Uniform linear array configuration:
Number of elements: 16
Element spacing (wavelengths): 0.5
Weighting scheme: blackman
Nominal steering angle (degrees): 0
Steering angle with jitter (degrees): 1.767
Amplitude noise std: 0.05
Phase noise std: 0.05

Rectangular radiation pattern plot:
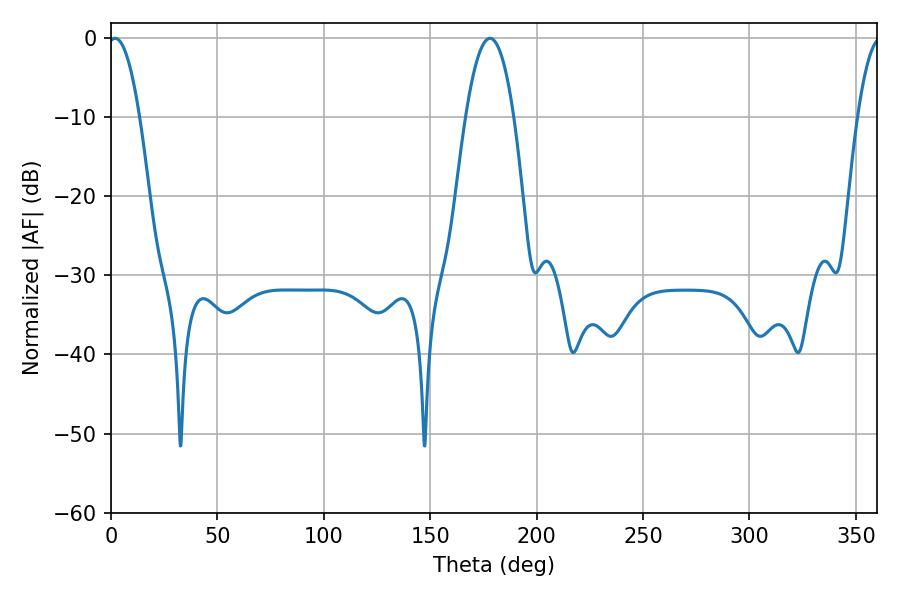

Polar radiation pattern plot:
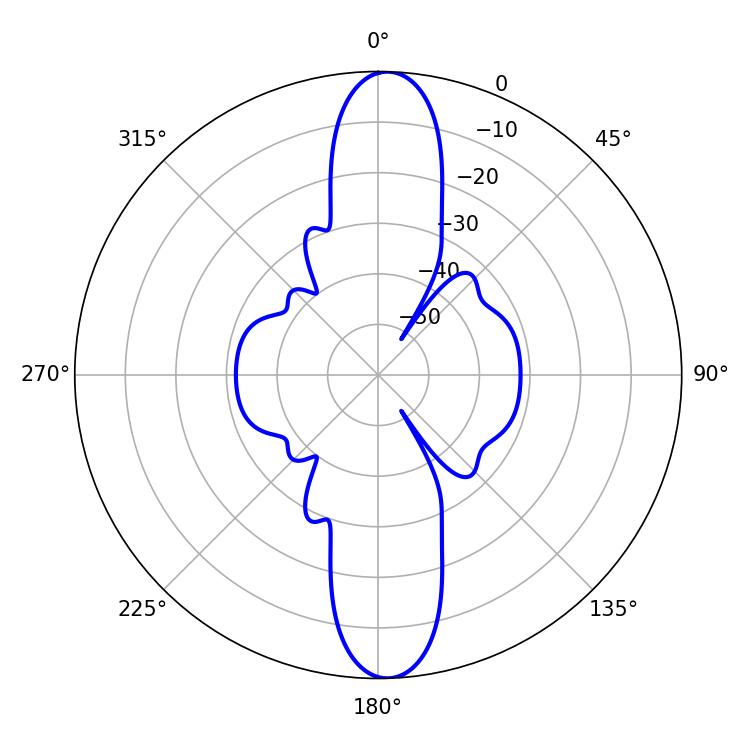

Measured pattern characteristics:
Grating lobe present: FALSE
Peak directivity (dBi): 20.817
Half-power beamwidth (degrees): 12.42
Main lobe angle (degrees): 178.02